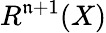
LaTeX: R^{\mathfrak{n}+1}(X)